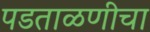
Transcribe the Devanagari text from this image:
पडताळणीचा